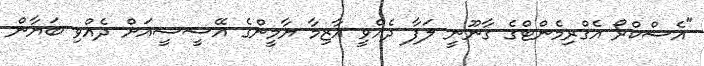
"އެސްކްރޯ އެގްރިމެންޓްގެ ގާނޫނީ ލަފާ ދެއްވީ އާޒިމާ ޔާމީންގެ އޭސީސީއަށް ދެއްވި ބަޔާން